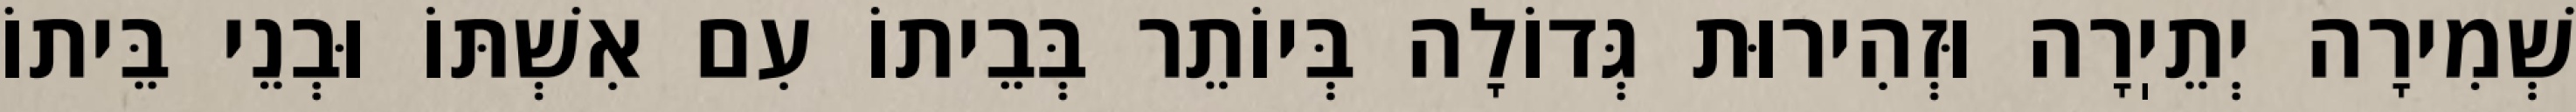
שְׁמִירָה יְתֵיֽרָה וּזְהִירוּת גְּדוֹלָה בְּיוֹתֵר בְּבֵיתוֹ עִם אִשְׁתּוֹ וּבְנֵי בֵּיתוֹ